Bréfritari: Sigríður Pálsdóttir
Viðtakandi: Páll Pálsson
Dagsetning: A-1866-06-26
Skrifað á: Breiðabólsstað  Rang.
Páll var bróðir Sigríðar

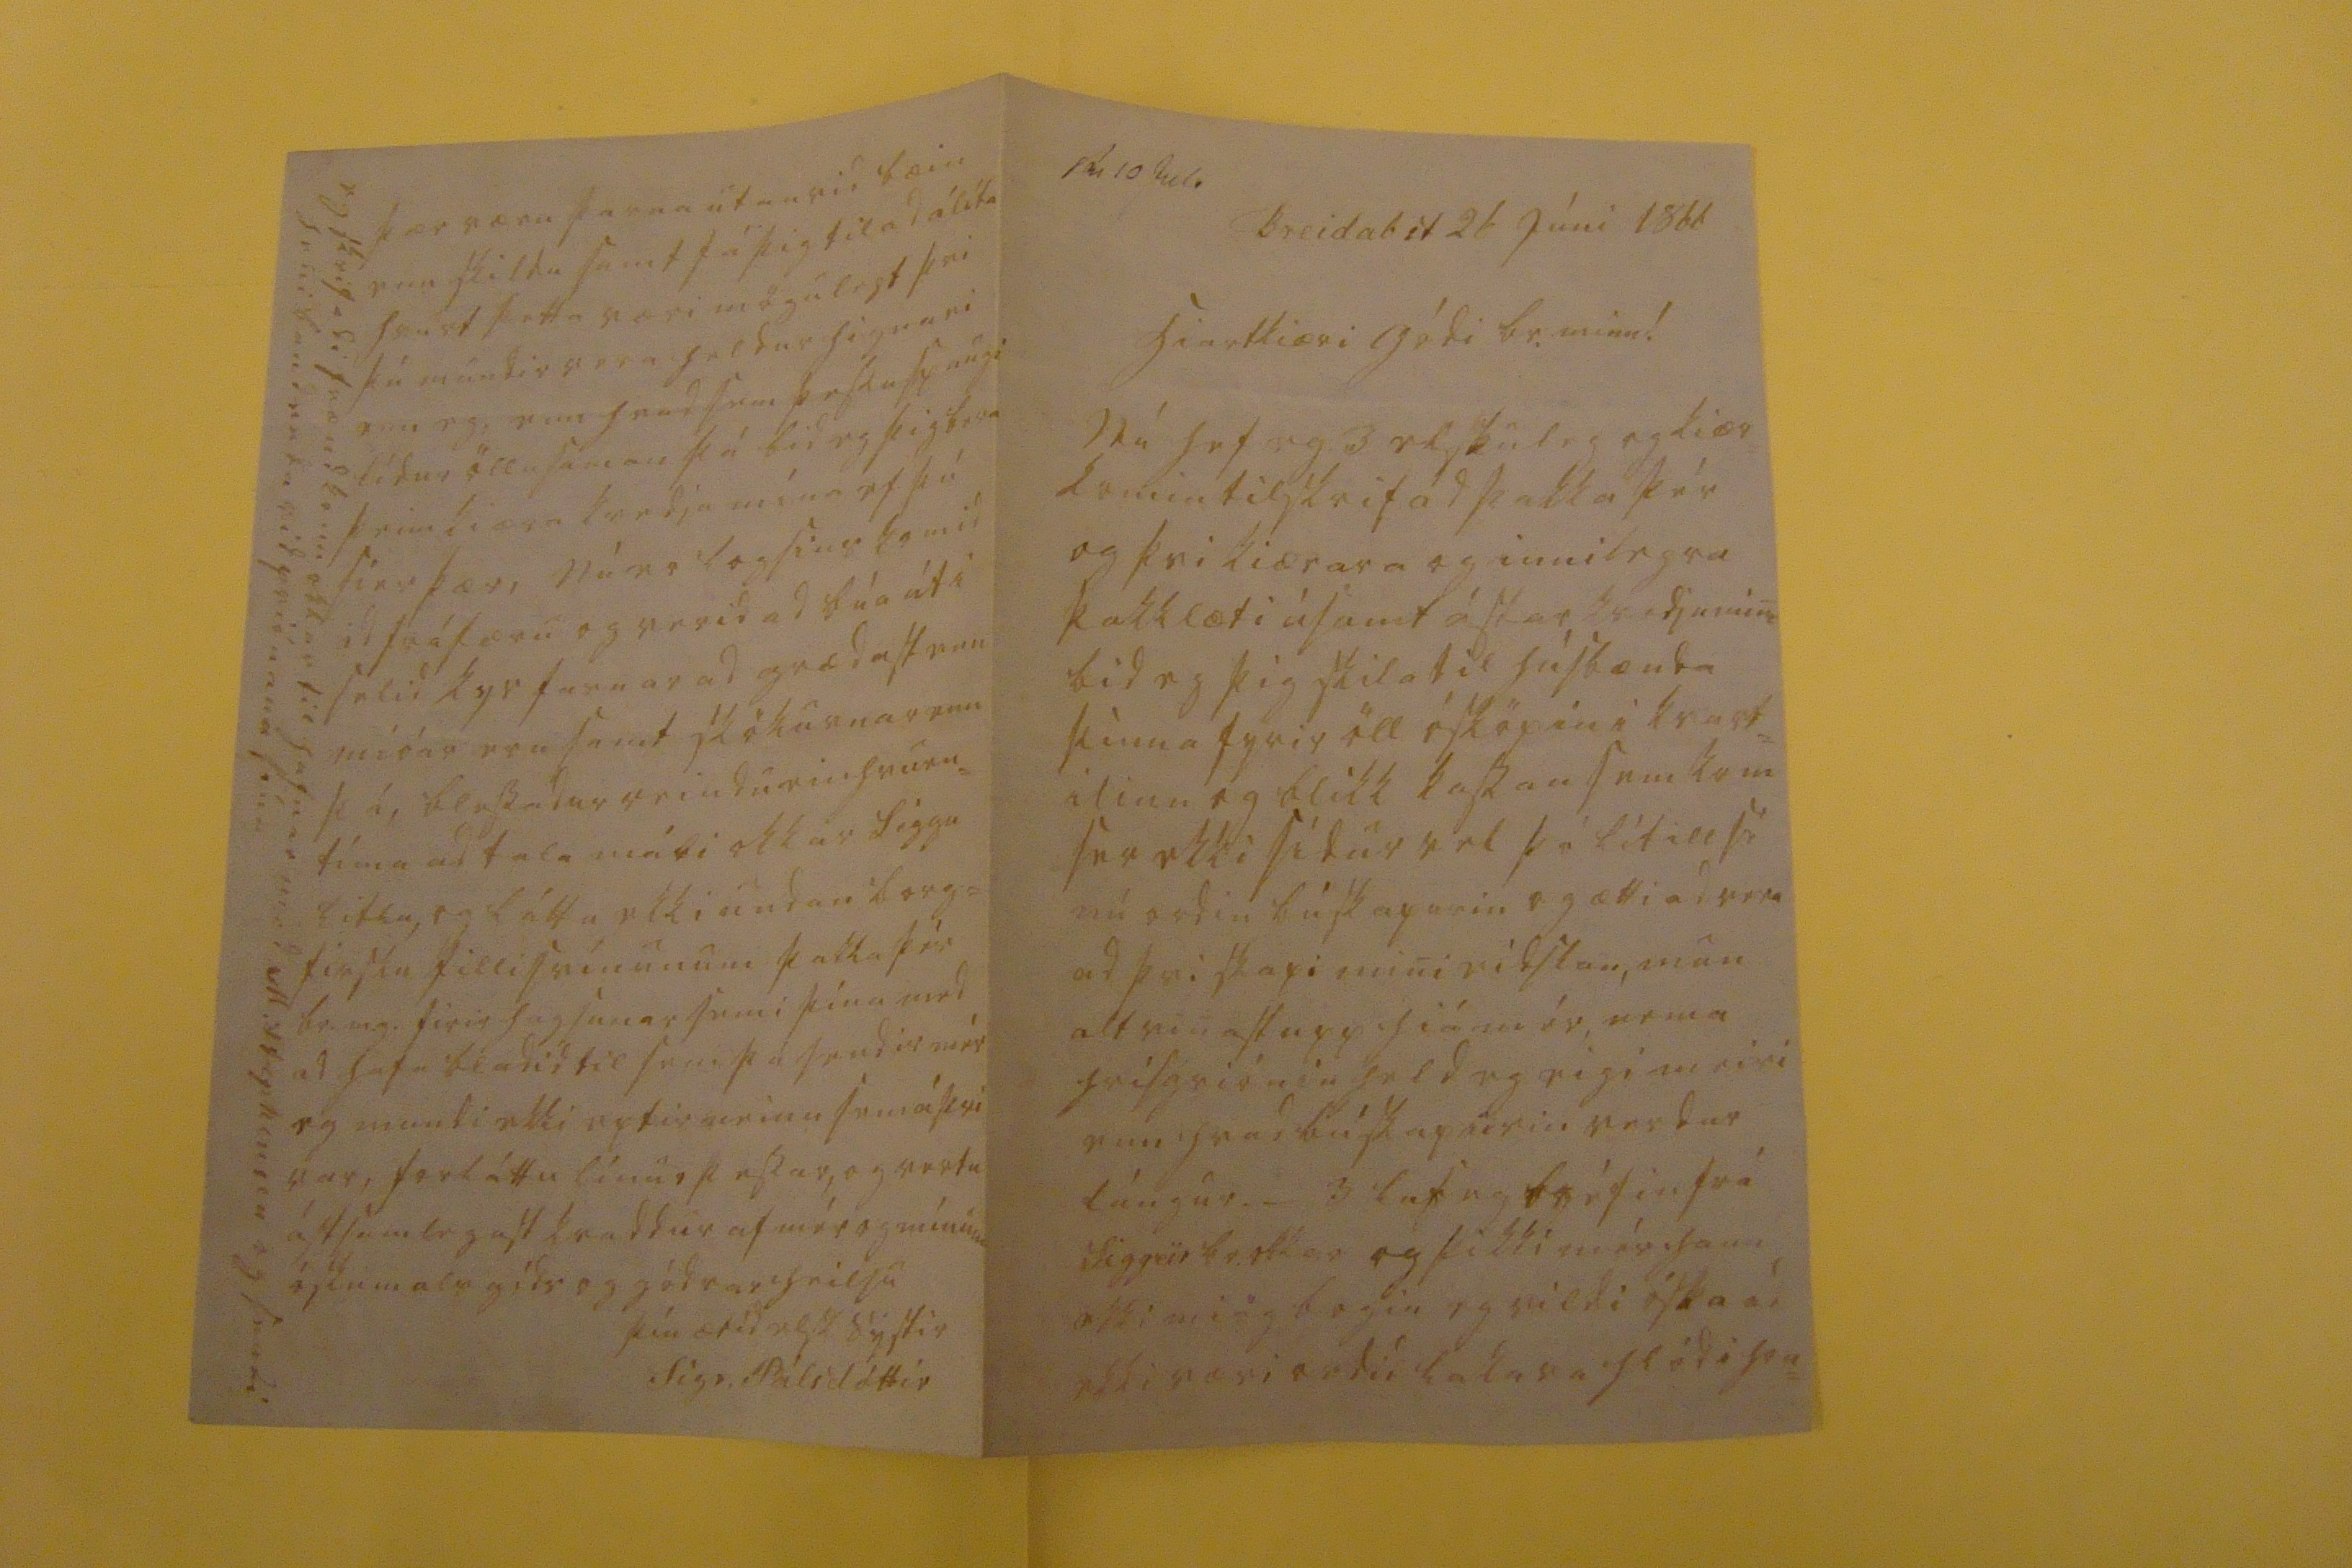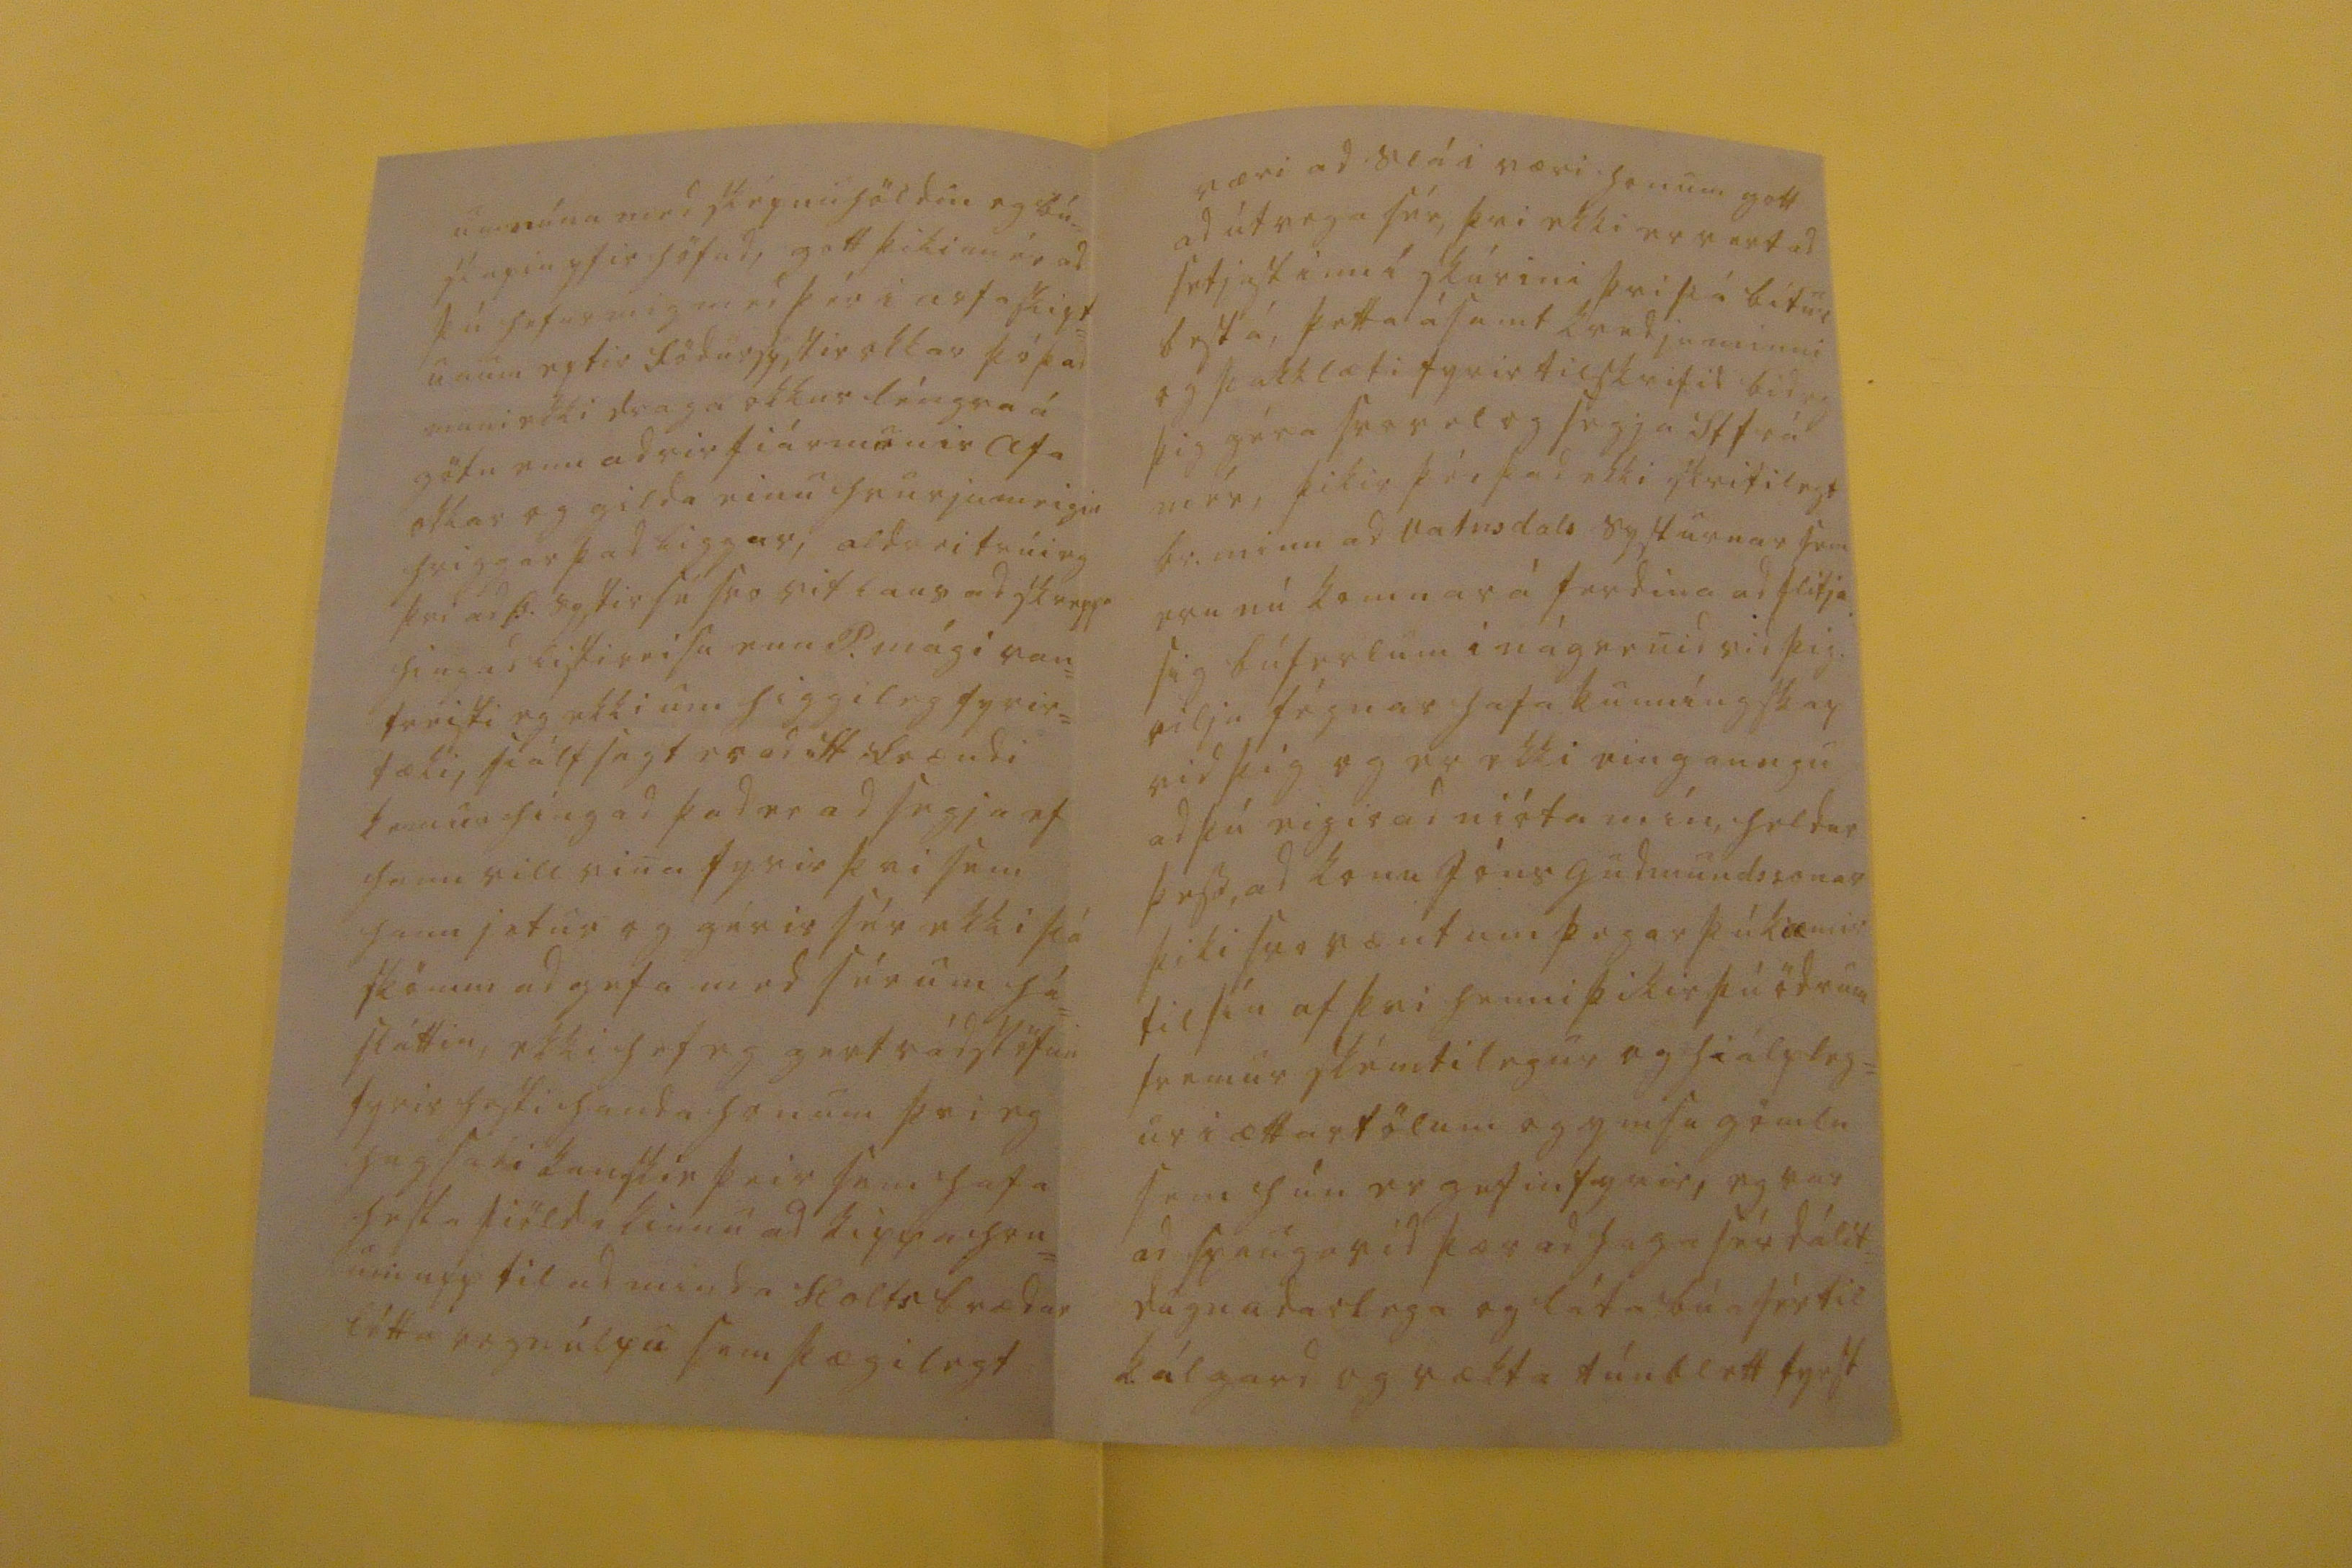

sv 10 Juli
Breidab st 26 Júni 1866
hiartkiæri gódi br. minn!
Nú hef eg 3 elskuleg og kiær komin tilskrif ad þakka þér og þvi kiærara og innilegra þakklæti ásamt ástar kvedju mini bid eg þig skila til húsbænda þinna fyrir öll ósköpin i kvart= ilinu og blikk kassan sem kom ser ekki sídur vel þó lítill sé nú ordin búskapurin og ætti ad vera ad þvi skapi mini eidslan, mun alt vinst upp hiá mér, nema hrisgriónin held eg eigi meiri enn hvad búskapurin verdur lángur. _ 3
l00
eg bréfin frá Siggeir br. okkar og þikki mér hann ekki miög bogin eg vildi óska ad ekki væri ordid lakara hlód i hon=
um núna med sképnuhöldin og bú= skapin yfir höfud, gott þiki mér ad þú hefur mig med þér i arfaskipt= unum eptir födursystir okkar þó þad muni ekki draga okkur léngra á götu enn adrir fiármunir afa okkar og gilda einu hvurju meigin hriggar þad liggur, aldrei trúi eg þþvi ad Þ. systir sé svo vitlaus ad skreppa hingad listireisu enn P. mági van= treisti eg ekki um higgileg fyrir= tæki, siálf sagt er ad St frændi kemur híngad þad er ad segja ef hann vill vina fyrir þvi sem hann jetur og gérir sér ekki þá skömm ad gefa med sér um há= sláttin, ekki hef eg gert rádstöfun fyrir hesti handa honum þvi eg hugsadi kanskie þeir sem hafa hesta fiölda kinnu ad kippa hon= um upp til ad minda Holtsbrædur létta regnúlpu sem þægilegt
væri ad slá i væri honum gott ad útvega sér, þvi ekki er vert ad setjast inn í skúrini þvi þá bitur best á, þetta ásamt kvedju minni og þakklæti fyrir tilskrifid bid eg þig géra svo vel og segja St frá mér, þikir þér þad ekki
skrifilegt
br. minn ad Vatnsdals systurnar sem eru nú komnar á ferdina ad flitja sig búferlum í nágrenid vid þig vilja fégnar hafa kunníngskap vid þig og er ekki eingaungu ad þú eigir ad nióta mín heldur þess, ad kona Jóns Gudmundssonar þiki svo vænt um þegar þú kæmir til sín af þvi henni þikir þú ödrum fremur skémtilegur og hiálpleg= ur i ættartölum og ymisu gömlu sem hún er gefin fyrir, eg var ad spauga vid þær ad haga sér dálít= dugnadarlega og láta búa sér til kálgard og rækta túnblett fyrst
þær væru þarna utan vid bæin enn skildu samt fá þig til ad álíta hvurt þetta væri mögulegt þvi þú mundir vera heldur hignari enn eg, enn hvad sem þessu spaugi lídur öllusaman þá bid eg þig bera þeim kiæra kvedju mína ef þú sier þær, Nú er logsins komid ad fráfæru og verid ad búa út i selid kyr farnar ad grædast enn mióar eru samt skökurnar enn þá, blessadur reindu einhvurn= tíma ad tala máli okkar Siggu litlu, og láttu ekki undan borg= firsku fillisvínunum þakka þér br.m.g. firir hugsunarsemi þína med ad hafa bladid til sem þú sendir mér eg mundi ekki eptir neinu sem á þvi var, forláttu línur þessar, og vertu ástsamlegast kvaddur af mér og mínum óskum als góds og gódrar heilsu
þín ætíd elsk systir
Sigr. Pálsdóttir
eg skrifadi frændkonu okkar til hafnar med M Stephensen og sendi heni bandenda vid priónana sína